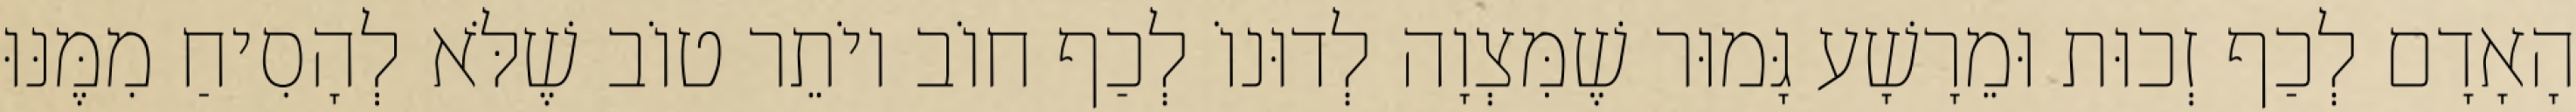
הָאָדָם לְכַף זְכוּת וּמֵרָשָׁע גָּמוּר שֶׁמִּצְוָה לְדוּנוֹ לְכַף חוֹב יוֹתֵר טוֹב שֶׁלֹּא לְהָסִיחַ מִמֶּנּוּ